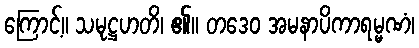
ကြောင့်။ သမုဋ္ဌဟတိ၊ ၏။ တဒေဝ အမနာပိကာရမ္မဏံ၊